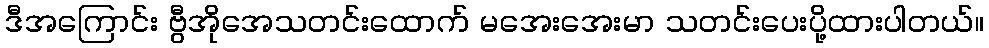
ဒီအကြောင်း ဗွီအိုအေသတင်းထောက် မအေးအေးမာ သတင်းပေးပို့ထားပါတယ်။